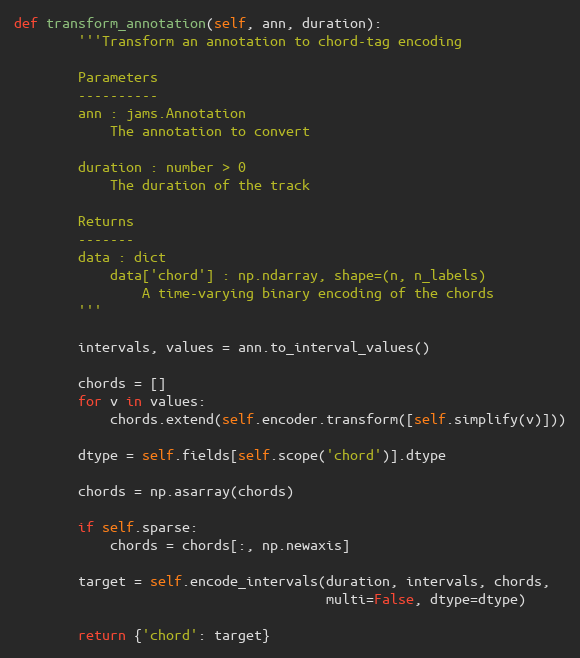
Language: Python
def transform_annotation(self, ann, duration):
        '''Transform an annotation to chord-tag encoding

        Parameters
        ----------
        ann : jams.Annotation
            The annotation to convert

        duration : number > 0
            The duration of the track

        Returns
        -------
        data : dict
            data['chord'] : np.ndarray, shape=(n, n_labels)
                A time-varying binary encoding of the chords
        '''

        intervals, values = ann.to_interval_values()

        chords = []
        for v in values:
            chords.extend(self.encoder.transform([self.simplify(v)]))

        dtype = self.fields[self.scope('chord')].dtype

        chords = np.asarray(chords)

        if self.sparse:
            chords = chords[:, np.newaxis]

        target = self.encode_intervals(duration, intervals, chords,
                                       multi=False, dtype=dtype)

        return {'chord': target}